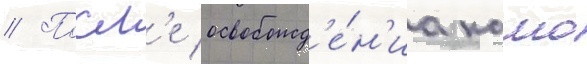
// Посл'е освобожд'е́н'иа камо